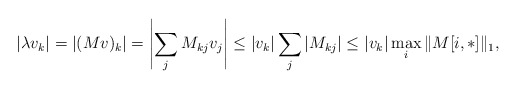
\begin{align*}|\lambda v_k| = |(Mv)_k| = \left|\sum_{j} M_{kj} v_j\right|\le |v_k| \sum_{j} |M_{kj}| \le |v_k| \max_{i} \|M[i,*]\|_1,\end{align*}